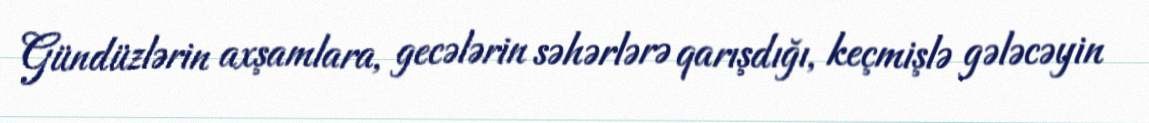
Gündüzlərin axşamlara, gecələrin səhərlərə qarışdığı, keçmişlə gələcəyin